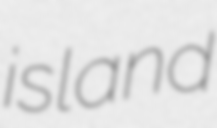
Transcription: island